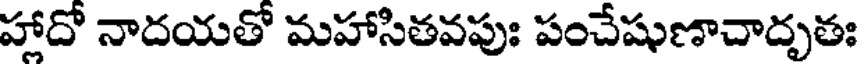
హాదో నాదయతో మహాసితవపుః పంచేషుణాచాదృతః